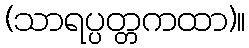
(သာရပ္ပတ္တကထာ)။